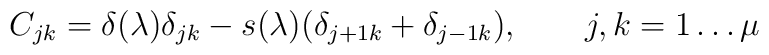
C_{jk} = \delta(\lambda)\delta_{jk} - s(\lambda)(\delta_{j+1k}+\delta_{j-1k}),\qquad j,k=1\dots\mu